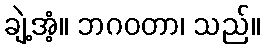
ချဲ့အံ့။ ဘဂဝတာ၊ သည်။